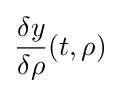
{\frac {\delta y}{\delta \rho }}(t,\rho )